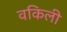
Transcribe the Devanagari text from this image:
वकिली